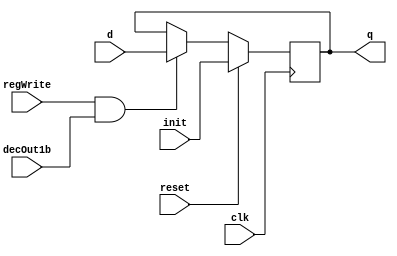
module D_ff_Mem (input clk, input reset, input regWrite, input decOut1b,input init, input d, output reg q);
	always @ (negedge clk)
	begin
	if(reset==1)
		q=init;
	else
		if(regWrite == 1 && decOut1b==1) begin q=d; end
	end
endmodule

module register_Mem(input clk,input reset,input regWrite,input decOut1b,input [15:0]init, input [15:0] d_in, output [15:0] q_out);
	D_ff_Mem dMem0 (clk,reset,regWrite,decOut1b,init[0],d_in[0],q_out[0]);
	D_ff_Mem dMem1 (clk,reset,regWrite,decOut1b,init[1],d_in[1],q_out[1]);
	D_ff_Mem dMem2 (clk,reset,regWrite,decOut1b,init[2],d_in[2],q_out[2]);
	D_ff_Mem dMem3 (clk,reset,regWrite,decOut1b,init[3],d_in[3],q_out[3]);
	
	D_ff_Mem dMem4 (clk,reset,regWrite,decOut1b,init[4],d_in[4],q_out[4]);
	D_ff_Mem dMem5 (clk,reset,regWrite,decOut1b,init[5],d_in[5],q_out[5]);
	D_ff_Mem dMem6 (clk,reset,regWrite,decOut1b,init[6],d_in[6],q_out[6]);
	D_ff_Mem dMem7 (clk,reset,regWrite,decOut1b,init[7],d_in[7],q_out[7]);

	D_ff_Mem dMem8 (clk,reset,regWrite,decOut1b,init[8],d_in[8],q_out[8]);
	D_ff_Mem dMem9 (clk,reset,regWrite,decOut1b,init[9],d_in[9],q_out[9]);
	D_ff_Mem dMem10 (clk,reset,regWrite,decOut1b,init[10],d_in[10],q_out[10]);
	D_ff_Mem dMem11 (clk,reset,regWrite,decOut1b,init[11],d_in[11],q_out[11]);
	
	D_ff_Mem dMem12 (clk,reset,regWrite,decOut1b,init[12],d_in[12],q_out[12]);
	D_ff_Mem dMem13 (clk,reset,regWrite,decOut1b,init[13],d_in[13],q_out[13]);
	D_ff_Mem dMem14 (clk,reset,regWrite,decOut1b,init[14],d_in[14],q_out[14]);
	D_ff_Mem dMem15 (clk,reset,regWrite,decOut1b,init[15],d_in[15],q_out[15]);
	
endmodule

module Mem(input clk, input reset,input memWrite,input memRead, input [15:0] pc, input [15:0] dataIn,output [15:0] IR );
	wire [15:0] Qout0, Qout1, Qout2, Qout3, Qout4, Qout5, Qout6, Qout7,
					Qout8, Qout9, Qout10, Qout11, Qout12, Qout13, Qout14, Qout15,decOut;
	
	decoder4to16 dec0( pc[4:1], decOut);
	
	register_Mem r0(clk,reset,memWrite,decOut[0],16'b 101_0000_1000_01111,dataIn,Qout0); //addi $r8,$r0,15
	register_Mem r1(clk,reset,memWrite,decOut[1],16'b 101_0000_0101_00101,dataIn,Qout1); //addi $r5,$r0,5
	register_Mem r2(clk,reset,memWrite,decOut[2],16'b 101_0000_0010_00010,dataIn,Qout2); //addi $r2,$r0,2
	register_Mem r3(clk,reset,memWrite,decOut[3],16'b 101_0000_0000_00000,dataIn,Qout3); //addi $r0,$r0,0
	
	register_Mem r4(clk,reset,memWrite,decOut[4],16'b 001_1000_1000_00000,dataIn,Qout4); //mul $r8,$r8
	register_Mem r5(clk,reset,memWrite,decOut[5],16'b 100_0000_0000_01001,dataIn,Qout5); //mflo $r9
	register_Mem r6(clk,reset,memWrite,decOut[6],16'b 000_0101_0101_01010,dataIn,Qout6); //add $r10,$r5,$r5
	register_Mem r7(clk,reset,memWrite,decOut[7],16'b 101_0000_0100_00100,dataIn,Qout7);  //addi $r4,$r0,4
	
	register_Mem r8(clk,reset,memWrite,decOut[8],16'b 111_0000_0101_00000,dataIn,Qout8); //sw $r5,$r0(0)
	register_Mem r9(clk,reset,memWrite,decOut[9],16'b 010_1000_0010_00000,dataIn,Qout9); //div $r8,$r2
	register_Mem r10(clk,reset,memWrite,decOut[10],16'b 011_0000_0000_00001,dataIn,Qout10); //mfhi $r1
	register_Mem r11(clk,reset,memWrite,decOut[11],16'b 100_0000_0000_00111,dataIn,Qout11); //mflo $r7
	
	register_Mem r12(clk,reset,memWrite,decOut[12],16'b 000_0000_0000_00000,dataIn,Qout12);	//add $r0,$r0,$r0
	register_Mem r13(clk,reset,memWrite,decOut[13],16'b 110_0000_0110_00000,dataIn,Qout13); //lw $r6,$r0(0)
	register_Mem r14(clk,reset,memWrite,decOut[14],16'b 000_0101_0001_00101,dataIn,Qout14); //add $r5,$r5,$r1
	register_Mem r15(clk,reset,memWrite,decOut[15],16'b 000_0010_0001_00011,dataIn,Qout15); //add $r3,$r2,$r1
	
	mux16to1 mMem (Qout0,Qout1,Qout2,Qout3,Qout4,Qout5,Qout6,Qout7,Qout8,Qout9,Qout10,Qout11,Qout12,Qout13,Qout14,Qout15,pc[4:1],IR);
endmodule

//Memory Design Ends

// Register File Design
module D_ff (input clk, input reset, input regWrite, input decOut1b, input d, output reg q);
	always @ (negedge clk)
	begin
	if(reset==1'b1)
		q=0;
	else
		if(regWrite == 1'b1 && decOut1b==1'b1) begin q=d; end
	end
endmodule

module register16bit( input clk, input reset, input regWrite, input decOut1b, input [15:0] writeData, output  [15:0] outR );
	D_ff d0(clk, reset, regWrite, decOut1b, writeData[0], outR[0]);
	D_ff d1(clk, reset, regWrite, decOut1b, writeData[1], outR[1]);
	D_ff d2(clk, reset, regWrite, decOut1b, writeData[2], outR[2]);
	D_ff d3(clk, reset, regWrite, decOut1b, writeData[3], outR[3]);
	D_ff d4(clk, reset, regWrite, decOut1b, writeData[4], outR[4]);
	D_ff d5(clk, reset, regWrite, decOut1b, writeData[5], outR[5]);
	D_ff d6(clk, reset, regWrite, decOut1b, writeData[6], outR[6]);
	D_ff d7(clk, reset, regWrite, decOut1b, writeData[7], outR[7]);
	D_ff d8(clk, reset, regWrite, decOut1b, writeData[8], outR[8]);
	D_ff d9(clk, reset, regWrite, decOut1b, writeData[9], outR[9]);
	D_ff d10(clk, reset, regWrite, decOut1b, writeData[10], outR[10]);
	D_ff d11(clk, reset, regWrite, decOut1b, writeData[11], outR[11]);
	D_ff d12(clk, reset, regWrite, decOut1b, writeData[12], outR[12]);
	D_ff d13(clk, reset, regWrite, decOut1b, writeData[13], outR[13]);
	D_ff d14(clk, reset, regWrite, decOut1b, writeData[14], outR[14]);
	D_ff d15(clk, reset, regWrite, decOut1b, writeData[15], outR[15]);
endmodule

module registerSet( input clk, input reset, input regWrite, input [15:0] decOut, input [15:0] writeData,  output [15:0] outR0,outR1,outR2,outR3,outR4,outR5,outR6,outR7,outR8,outR9,outR10,outR11,outR12,outR13,outR14,outR15 );
		register16bit r0 (clk, reset, 1'b0, decOut[0] , writeData , outR0 );
		register16bit r1 (clk, reset, regWrite, decOut[1] , writeData , outR1 );
		register16bit r2 (clk, reset, regWrite, decOut[2] , writeData , outR2 );
		register16bit r3 (clk, reset, regWrite, decOut[3] , writeData , outR3 );
		register16bit r4 (clk, reset, regWrite, decOut[4] , writeData , outR4 );
		register16bit r5 (clk, reset, regWrite, decOut[5] , writeData , outR5 );
		register16bit r6 (clk, reset, regWrite, decOut[6] , writeData , outR6 );
		register16bit r7 (clk, reset, regWrite, decOut[7] , writeData , outR7 );
		register16bit r8 (clk, reset, regWrite, decOut[8] , writeData , outR8 );
		register16bit r9 (clk, reset, regWrite, decOut[9] , writeData , outR9 );
		register16bit r10 (clk, reset, regWrite, decOut[10] , writeData , outR10 );
		register16bit r11(clk, reset, regWrite, decOut[11] , writeData , outR11 );
		register16bit r12 (clk, reset, regWrite, decOut[12] , writeData , outR12 );
		register16bit r13 (clk, reset, regWrite, decOut[13] , writeData , outR13 );
		register16bit r14 (clk, reset, regWrite, decOut[14] , writeData , outR14 );
		register16bit r15 (clk, reset, regWrite, decOut[15] , writeData , outR15 );
endmodule

module decoder4to16( input [3:0] destReg, output reg [15:0] decOut);
	always@(destReg)
	case(destReg)
			4'b0000: decOut=16'b0000000000000001; 
			4'b0001: decOut=16'b0000000000000010;
			4'b0010: decOut=16'b0000000000000100;
			4'b0011: decOut=16'b0000000000001000;
			4'b0100: decOut=16'b0000000000010000;
			4'b0101: decOut=16'b0000000000100000;
			4'b0110: decOut=16'b0000000001000000;
			4'b0111: decOut=16'b0000000010000000;
			4'b1000: decOut=16'b0000000100000000; 
			4'b1001: decOut=16'b0000001000000000;
			4'b1010: decOut=16'b0000010000000000;
			4'b1011: decOut=16'b0000100000000000;
			4'b1100: decOut=16'b0001000000000000;
			4'b1101: decOut=16'b0010000000000000;
			4'b1110: decOut=16'b0100000000000000;
			4'b1111: decOut=16'b1000000000000000;
	endcase
endmodule

module mux16to1( input [15:0] outR0,outR1,outR2,outR3,outR4,outR5,outR6,outR7,outR8,outR9,outR10,outR11,outR12,outR13,outR14,outR15, input [3:0] Sel, output reg [15:0] outBus );
	always@(outR0 or outR1 or outR2 or outR3 or outR4 or outR5 or outR6 or outR7 or outR8 or outR9 or outR10 or outR11 or outR12 or outR13 or outR14 or outR15 or Sel)
	case (Sel)
				4'b0000: outBus=outR0;
				4'b0001: outBus=outR1;
				4'b0010: outBus=outR2;
				4'b0011: outBus=outR3;
				4'b0100: outBus=outR4;
				4'b0101: outBus=outR5;
				4'b0110: outBus=outR6;
				4'b0111: outBus=outR7;
				4'b1000: outBus=outR8;
				4'b1001: outBus=outR9;
				4'b1010: outBus=outR10;
				4'b1011: outBus=outR11;
				4'b1100: outBus=outR12;
				4'b1101: outBus=outR13;
				4'b1110: outBus=outR14;
				4'b1111: outBus=outR15;
	endcase
endmodule

module registerFile(input clk, input reset, input regWrite, input [3:0] srcRegA, input [3:0] srcRegB, 
		input [3:0] destReg,  input [15:0] writeData, output [15:0] outBusA, output [15:0] outBusB );
	wire [15:0] decOut;
	wire [15:0] outR0,outR1,outR2,outR3,outR4,outR5,outR6,outR7,outR8,outR9,outR10,outR11,outR12,outR13,outR14,outR15;
	decoder4to16 d0 (destReg,decOut);
	registerSet rSet0(clk, reset, regWrite, decOut, writeData, outR0,outR1,outR2,outR3,outR4,outR5,outR6,outR7,outR8,outR9,outR10,outR11,outR12,outR13,outR14,outR15);
	mux16to1 m1(outR0,outR1,outR2,outR3,outR4,outR5,outR6,outR7,outR8,outR9,outR10,outR11,outR12,outR13,outR14,outR15,srcRegA,outBusA);
	mux16to1 m2(outR0,outR1,outR2,outR3,outR4,outR5,outR6,outR7,outR8,outR9,outR10,outR11,outR12,outR13,outR14,outR15,srcRegB,outBusB);
endmodule
//Register File Design Ends

//Register 4 bits
module register4bit( input clk, input reset, input regWrite, input decOut1b, input [3:0] writeData, output  [3:0] outR );
	D_ff d0(clk, reset, regWrite, decOut1b, writeData[0], outR[0]);
	D_ff d1(clk, reset, regWrite, decOut1b, writeData[1], outR[1]);
	D_ff d2(clk, reset, regWrite, decOut1b, writeData[2], outR[2]);
	D_ff d3(clk, reset, regWrite, decOut1b, writeData[3], outR[3]);
endmodule

//Register 1 bit
module register1bit( input clk, input reset, input regWrite, input decOut1b, input writeData, output outR );
	D_ff d0(clk, reset, regWrite, decOut1b, writeData, outR);
endmodule

//Register 2 bits
module register2bit( input clk, input reset, input regWrite, input decOut1b, input [1:0]writeData, output [1:0] outR );
	D_ff d0(clk, reset, regWrite, decOut1b, writeData[0], outR[0]);
	D_ff d1(clk, reset, regWrite, decOut1b, writeData[1], outR[1]);
endmodule

module adder(input [15:0] in1, input [15:0] in2, output reg [15:0] adder_out);
	always@(in1 or in2)
		adder_out = in1 +in2;
endmodule

module signExt5to16( input [4:0] offset, output reg [15:0] signExtOffset);
	always@(offset)
	begin
			signExtOffset={{11{offset[4]}},offset[4:0]};
	end
endmodule

module mux2to1_16bits(input [15:0] in1, input [15:0] in2, input sel, output reg [15:0] muxout);
	 always@(in1 or in2 or sel)
	 begin
		case(sel)
			2'b0 : muxout = in1;
			2'b1 : muxout = in2;			
		endcase
	 end
endmodule

module mux2to1_4bits(input [3:0] in1, input [3:0] in2, input sel, output reg [3:0] muxout);
	 always@(in1 or in2 or sel)
	 begin
		case(sel)
			0 : muxout = in1;
			1 : muxout = in2;
		endcase
	 end
endmodule

//For Multiplication lo register stores least significant 16 bits of result and hi register stores most significant 16 bits of result
//For Division lo register stores quotient of result and hi register stores remainder of result
module alu(input [15:0] aluIn1, input [15:0] aluIn2, input [1:0] aluOp, output reg [15:0] aluOut1,output reg [15:0] aluOut2);
 reg [31:0] temp;
	always@(aluIn1 or aluIn2 or aluOp)
	begin
		case(aluOp)
			2'b00: aluOut2 = aluIn1 + aluIn2;
			2'b01: 
			begin
				temp = aluIn1 * aluIn2;
				aluOut2 = temp[15:0];
				aluOut1 = temp[31:16];
			end
			2'b10:
			begin
				aluOut2 = aluIn1 / aluIn2;
				aluOut1 = aluIn1 % aluIn2;
			end					 
		endcase
	end
endmodule

module mux4to1_16bits(input [15:0] in1, input [15:0] in2, input [15:0] in3,input [15:0] in4, input [1:0] sel, output reg [15:0] muxout);
	 always@(in1 or in2 or in3 or in4 or sel)
	 begin
		case(sel)
			2'b00 : muxout = in1;
			2'b01 : muxout = in2;
			2'b10 : muxout = in3;
			2'b11 : muxout = in4;
		endcase
	 end
endmodule


module ctrlCkt	( 	input [2:0] opcode, output reg aluSrcB, output reg [1:0] aluOp, output reg hiWrite, output reg loWrite, output reg regDst, output reg memRead, output reg memWrite,output reg regWrite, output reg[1:0] toReg);
always @ (opcode)
begin
	case(opcode)
	3'b000:	begin aluSrcB = 1'b0; aluOp = 2'b00; regDst = 1'b1; hiWrite = 1'b0; loWrite = 1'b0; memRead = 1'b0; memWrite = 1'b0; regWrite = 1'b1; toReg = 2'b11; end
	3'b001:	begin aluSrcB = 1'b0; aluOp = 2'b01; regDst = 1'b0; hiWrite = 1'b1; loWrite = 1'b1; memRead = 1'b0; memWrite = 1'b0; regWrite = 1'b0; toReg = 2'b00; end
	3'b010:	begin aluSrcB = 1'b0; aluOp = 2'b10; regDst = 1'b0; hiWrite = 1'b1; loWrite = 1'b1; memRead = 1'b0; memWrite = 1'b0; regWrite = 1'b0; toReg = 2'b00; end
	3'b011:	begin aluSrcB = 1'b0; aluOp = 2'b00; regDst = 1'b1; hiWrite = 1'b0; loWrite = 1'b0; memRead = 1'b0; memWrite = 1'b0; regWrite = 1'b1; toReg = 2'b00; end
	3'b100:	begin aluSrcB = 1'b0; aluOp = 2'b00; regDst = 1'b1; hiWrite = 1'b0; loWrite = 1'b0; memRead = 1'b0; memWrite = 1'b0; regWrite = 1'b1; toReg = 2'b01; end
	3'b101:	begin aluSrcB = 1'b1; aluOp = 2'b00; regDst = 1'b0; hiWrite = 1'b0; loWrite = 1'b0; memRead = 1'b0; memWrite = 1'b0; regWrite = 1'b1; toReg = 2'b11; end
	3'b110:	begin aluSrcB = 1'b1; aluOp = 2'b00; regDst = 1'b0; hiWrite = 1'b0; loWrite = 1'b0; memRead = 1'b1; memWrite = 1'b0; regWrite = 1'b1; toReg = 2'b10; end
	3'b111:	begin aluSrcB = 1'b1; aluOp = 2'b00; regDst = 1'b0; hiWrite = 1'b0; loWrite = 1'b0; memRead = 1'b0; memWrite = 1'b1; regWrite = 1'b0; toReg = 2'b00; end
	endcase
	//Write your code here
end
endmodule

module IF_ID(input clk, input reset,input regWrite, input decOut1b,input [15:0] instr, output [15:0] p0_intr);
register16bit r16_1(clk, reset, regWrite, decOut1b, instr[15:0], p0_intr[15:0]);
	//Write your code here	
endmodule

module ID_EX(input clk, input reset,input regWrite, input decOut1b,input [15:0] regOut1,input [15:0] regOut2,
  input [15:0] sExtOut,input [3:0] inst_Rt,input [3:0] inst_Rd,input ctr_aluSrcB,input [1:0] ctr_aluOp, input ctr_hiWrite, input ctr_loWrite, 
  input ctr_regDst, input ctr_memRead, input ctr_memWrite,input ctr_regWrite, input[1:0] ctr_toReg,
  output [15:0] p1_regOut1,output [15:0] p1_regOut2,output [15:0] p1_sExtOut,output [3:0] p1_rt,output [3:0] p1_rd,
  output p1_aluSrcB, output [1:0] p1_aluOp, output p1_hiWrite, output p1_loWrite, output p1_regDst, output p1_memRead,
  output p1_memWrite,output p1_regWrite, output[1:0] p1_toReg);
	//Write your code here
register2bit toReg1(clk, reset, regWrite, decOut1b, ctr_toReg, p1_toReg);
register1bit regWrite1(clk, reset, regWrite, decOut1b, ctr_regWrite, p1_regWrite);
register1bit memWrite1(clk, reset, regWrite, decOut1b, ctr_memWrite, p1_memWrite);
register1bit memRead1(clk, reset, regWrite, decOut1b, ctr_memRead, p1_memRead);
register1bit aluSrcB1(clk, reset, regWrite, decOut1b, ctr_aluSrcB, p1_aluSrcB);
register2bit aluOp1(clk, reset, regWrite, decOut1b, ctr_aluOp, p1_aluOp);
register1bit hiWrite1(clk, reset, regWrite, decOut1b, ctr_hiWrite, p1_hiWrite);
register1bit loWrite1(clk, reset, regWrite, decOut1b, ctr_loWrite, p1_loWrite);
register1bit regDst1(clk, reset, regWrite, decOut1b, ctr_regDst, p1_regDst);
register4bit rt1(clk, reset, regWrite, decOut1b, inst_Rt, p1_rt);
register4bit rd1(clk, reset, regWrite, decOut1b, inst_Rd, p1_rd);
register16bit sExt(clk, reset, regWrite, decOut1b, sExtOut, p1_sExtOut);
register16bit ro1(clk, reset, regWrite, decOut1b, regOut1, p1_regOut1);
register16bit ro2(clk, reset, regWrite, decOut1b, regOut2, p1_regOut2);
endmodule

module EX_MEM(input clk, input reset,input regWrite, input decOut1b,input [15:0] hiOut, input [15:0] loOut,
   input [15:0] aluOut,input [15:0] p1_regOut2,input [3:0] mux4bOut,input p1_memRead, input p1_memWrite,input p1_regWrite,
	input[1:0] p1_toReg,output[15:0] p2_hiOut,output [15:0] p2_loOut,output [15:0] p2_aluOut,
	output [15:0] p2_regOut2,output[3:0] p2_mux4bOut,output p2_memRead, output p2_memWrite,
	output p2_regWrite, output[1:0] p2_toReg );
	
	//Write your code here
register1bit regWrite12(clk, reset, regWrite, decOut1b, p1_regWrite, p2_regWrite);
register1bit memWrite12(clk, reset, regWrite, decOut1b, p1_memWrite, p2_memWrite);
register1bit memRead12(clk, reset, regWrite, decOut1b, p1_memRead, p2_memRead);
register2bit toReg12(clk, reset, regWrite, decOut1b, p1_toReg, p2_toReg);
register4bit mux4bOut12(clk, reset, regWrite, decOut1b, mux4bOut, p2_mux4bOut);
register16bit r16_12(clk, reset, regWrite, decOut1b, hiOut, p2_hiOut);
register16bit r16_22(clk, reset, regWrite, decOut1b, loOut, p2_loOut);
register16bit r16_32(clk, reset, regWrite, decOut1b, aluOut, p2_aluOut);
register16bit r16_42(clk, reset, regWrite, decOut1b, p1_regOut2, p2_regOut2);

endmodule

module MEM_WB(input clk, input reset,input regWrite, input decOut1b,input [15:0] p2_hiOut, input [15:0] p2_loOut,
   input [15:0] p2_aluOut,input [15:0] memOut,input [3:0] p2_mux4bOut,input p2_regWrite,input[1:0] p2_toReg,
	output[15:0] p3_hiOut,output [15:0] p3_loOut,output [15:0] p3_aluOut,
	output [15:0] p3_memOut,output[3:0] p3_mux4bOut,output p3_regWrite, output[1:0] p3_toReg );

	//Write your code here
register1bit regWrite13(clk, reset, regWrite, decOut1b, p2_regWrite, p3_regWrite);
register2bit toReg13(clk, reset, regWrite, decOut1b, p2_toReg, p3_toReg);
register4bit mux4bOut13(clk, reset, regWrite, decOut1b, p2_mux4bOut, p3_mux4bOut);
register16bit r16_13(clk, reset, regWrite, decOut1b, p2_hiOut, p3_hiOut);
register16bit r16_23(clk, reset, regWrite, decOut1b, p2_loOut, p3_loOut);
register16bit r16_33(clk, reset, regWrite, decOut1b, p2_aluOut, p3_aluOut);
register16bit r16_43(clk, reset, regWrite, decOut1b, memOut, p3_memOut);
endmodule

//topModule
module pipeline(input clk, input reset, output [15:0] Result );
wire[15:0] outRpc, inpc, outIR, outifid, outrf1, outrf2, outsext, p1_regOut1, p1_regOut2, p1_sExtOut, muxout1, aluOut1, aluOut2, outRhi, outRlo;
wire aluSrcB, hiWrite, loWrite, regDst, memRead, memWrite, regWrite;
wire[1:0] aluOp, toReg;
wire p1_aluSrcB, p1_hiWrite, p1_loWrite, p1_regDst, p1_memRead, p1_memWrite, p1_regWrite;
wire[1:0] p1_aluOp, p1_toReg;
wire[3:0] p1_rt, p1_rd, muxout2;
wire[15:0] p2_hiOut, p2_loOut, p2_aluOut2, p2_regOut2;
wire[3:0] p2_mux4bOut;
wire p2_memRead, p2_memWrite, p2_regWrite;
wire[1:0] p2_toReg;
wire[15:0] p3_hiOut, p3_loOut, p3_aluOut, p3_memOut, memOut;
wire[3:0] p3_mux4bOut;
wire p3_regWrite;
wire[1:0] p3_toReg;

register16bit pc(clk, reset, 1'b1, 1'b1, inpc, outRpc);
adder a1(outRpc, 16'b0000000000000010, inpc);
Mem me1(clk, reset, 1'b0, 1'b1, outRpc, 16'b0000000000000000, outIR);
IF_ID ifid1(clk, reset, 1'b1, 1'b1, outIR, outifid);
ctrlCkt	ck1(outifid[15:13], aluSrcB, aluOp, hiWrite, loWrite, regDst, memRead, memWrite, regWrite, toReg);
registerFile rf1(clk, reset, p3_regWrite, outifid[12:9], outifid[8:5], p3_mux4bOut, Result, outrf1, outrf2);
signExt5to16 s1(outifid[4:0], outsext);
ID_EX idex1(clk, reset, 1'b1, 1'b1, outrf1, outrf2, outsext, outifid[8:5], outifid[3:0], aluSrcB, aluOp, hiWrite, loWrite, regDst, memRead, memWrite, regWrite, toReg,
  p1_regOut1, p1_regOut2, p1_sExtOut, p1_rt, p1_rd, p1_aluSrcB, p1_aluOp, p1_hiWrite, p1_loWrite, p1_regDst, p1_memRead, p1_memWrite, p1_regWrite, p1_toReg);
mux2to1_16bits m1(p1_regOut2, p1_sExtOut, p1_aluSrcB, muxout1);
mux2to1_4bits m2(p1_rt, p1_rd, p1_regDst, muxout2);
alu al1(p1_regOut1, muxout1, p1_aluOp, aluOut1, aluOut2);
register16bit hi( clk, reset, p1_hiWrite, 1'b1, aluOut1, outRhi );
register16bit lo( clk, reset, p1_loWrite, 1'b1, aluOut2, outRlo );	
EX_MEM exmem1(clk, reset, 1'b1, 1'b1, outRhi, outRlo, aluOut2, p1_regOut2, muxout2, p1_memRead, p1_memWrite, p1_regWrite, p1_toReg, p2_hiOut, p2_loOut, p2_aluOut2,
 p2_regOut2, p2_mux4bOut, p2_memRead, p2_memWrite, p2_regWrite, p2_toReg );

Mem me2(clk, reset, p2_memWrite, p2_memRead, p2_aluOut2, p2_regOut2, memOut);
MEM_WB memwb1(clk, reset, 1'b1, 1'b1, p2_hiOut, p2_loOut, p2_aluOut2, memOut, p2_mux4bOut, p2_regWrite, p2_toReg, p3_hiOut, p3_loOut, p3_aluOut, p3_memOut, p3_mux4bOut, p3_regWrite, p3_toReg );
mux4to1_16bits m3(p3_hiOut, p3_loOut, p3_memOut, p3_aluOut, p3_toReg, Result);
	//Write your code here
endmodule

module pipelineTestBench;
	reg clk;
	reg reset;
	wire [15:0] Result;
	pipeline uut (.clk(clk), .reset(reset), .Result(Result));

	always
	#5 clk=~clk;
	
	initial
	begin
		clk=0; reset=1;
		#10  reset=0;	
		
		#210 $finish; 
	end
endmodule